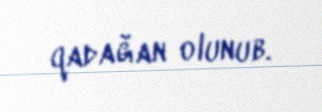
qadağan olunub.